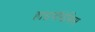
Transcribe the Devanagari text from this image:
हाइपॉथेसिस